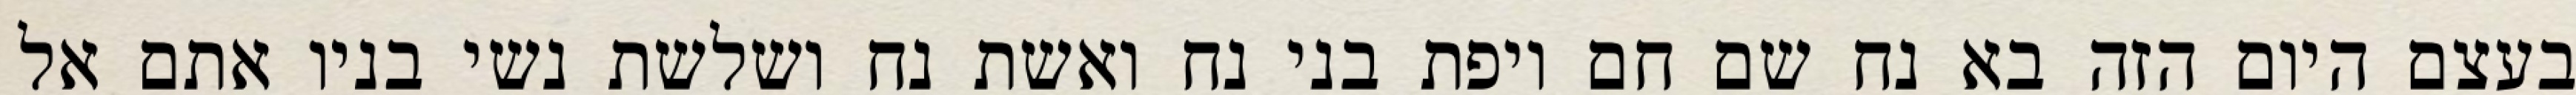
בעצם היום הזה בא נח שם חם ויפת בני נח ואשת נח ושלשת נשי בניו אתם אל